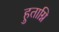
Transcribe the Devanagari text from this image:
हुताग्नि